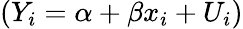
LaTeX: (Y_{i}=\alpha+\beta x_{i}+U_{i})